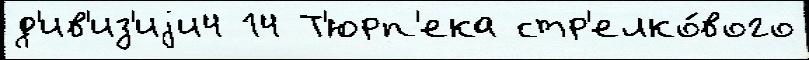
д'ив'из'иjи4 14 Т'юрп'ека стр'елко́вого